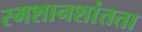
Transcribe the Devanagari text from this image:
स्मशानशांतता